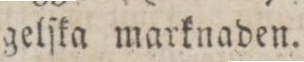
gelſka marknaden.